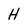
Character: H